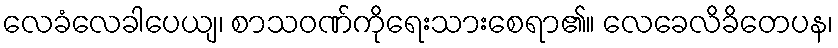
လေခံလေခါပေယျ၊ စာသဝဏ်ကိုရေးသားစေရာ၏။ လေခေလိခိတေပန၊